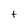
Character: t